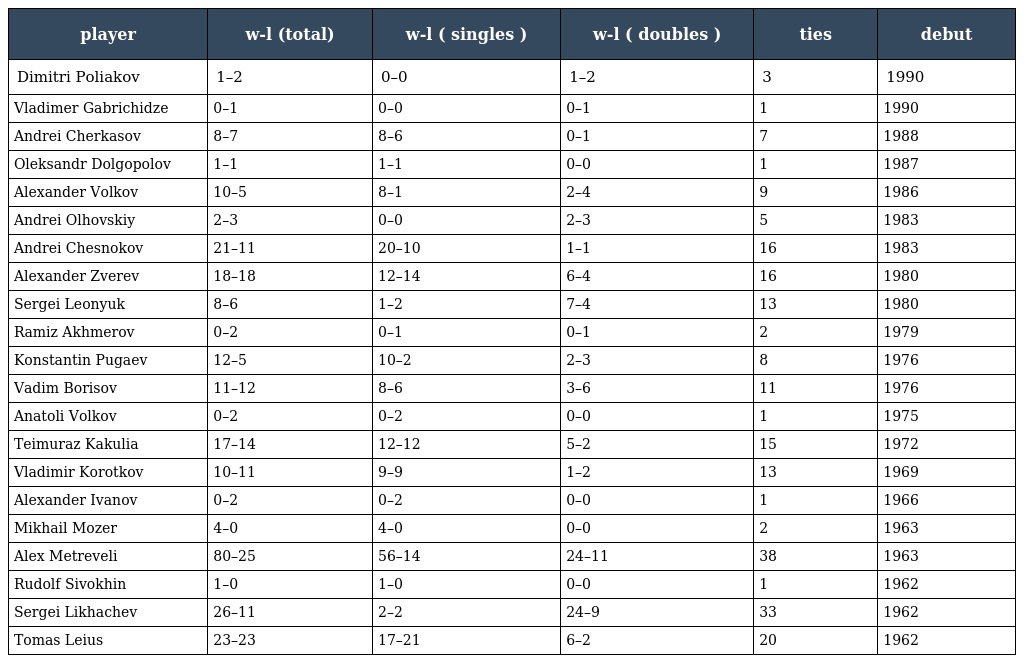
| player | w-l (total) | w-l ( singles ) | w-l ( doubles ) | ties | debut |
 | --- | --- | --- | --- | --- | --- |
 | Dimitri Poliakov | 1–2 | 0–0 | 1–2 | 3 | 1990 |
 | Vladimer Gabrichidze | 0–1 | 0–0 | 0–1 | 1 | 1990 |
 | Andrei Cherkasov | 8–7 | 8–6 | 0–1 | 7 | 1988 |
 | Oleksandr Dolgopolov | 1–1 | 1–1 | 0–0 | 1 | 1987 |
 | Alexander Volkov | 10–5 | 8–1 | 2–4 | 9 | 1986 |
 | Andrei Olhovskiy | 2–3 | 0–0 | 2–3 | 5 | 1983 |
 | Andrei Chesnokov | 21–11 | 20–10 | 1–1 | 16 | 1983 |
 | Alexander Zverev | 18–18 | 12–14 | 6–4 | 16 | 1980 |
 | Sergei Leonyuk | 8–6 | 1–2 | 7–4 | 13 | 1980 |
 | Ramiz Akhmerov | 0–2 | 0–1 | 0–1 | 2 | 1979 |
 | Konstantin Pugaev | 12–5 | 10–2 | 2–3 | 8 | 1976 |
 | Vadim Borisov | 11–12 | 8–6 | 3–6 | 11 | 1976 |
 | Anatoli Volkov | 0–2 | 0–2 | 0–0 | 1 | 1975 |
 | Teimuraz Kakulia | 17–14 | 12–12 | 5–2 | 15 | 1972 |
 | Vladimir Korotkov | 10–11 | 9–9 | 1–2 | 13 | 1969 |
 | Alexander Ivanov | 0–2 | 0–2 | 0–0 | 1 | 1966 |
 | Mikhail Mozer | 4–0 | 4–0 | 0–0 | 2 | 1963 |
 | Alex Metreveli | 80–25 | 56–14 | 24–11 | 38 | 1963 |
 | Rudolf Sivokhin | 1–0 | 1–0 | 0–0 | 1 | 1962 |
 | Sergei Likhachev | 26–11 | 2–2 | 24–9 | 33 | 1962 |
 | Tomas Leius | 23–23 | 17–21 | 6–2 | 20 | 1962 |